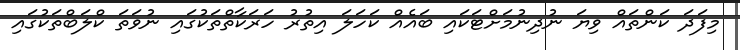
މިފަދަ ކަންތައް ވިޔަ ނުދިނުމަށްޓަކައި ބައެއް ކަހަލަ އިތުރު ހަރަކާތްތަކުގައި ނުވަތަ ކްލަބްތަކުގައި